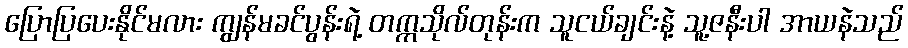
ပြောပြပေးနိုင်မလား ကျွန်မခင်ပွန်းရဲ့ တက္ကသိုလ်တုန်းက သူငယ်ချင်းနဲ့ သူ့ဇနီးပါ အာယနဲသည်